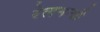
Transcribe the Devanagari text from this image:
रेलमन्त्री